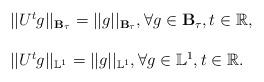
LaTeX: \begin{align*}\begin{array}{l} \displaystyle|| U^{t}g|| _{\mathbf{B}_{\tau }}=|| g|| _{\mathbf{B}_{\tau }},\forall g\in \mathbf{B}_{\tau }, t\in \mathbb{R},\\ \\ \displaystyle || U^{t}g|| _{\mathbb{L}^{1}}=|| g|| _{ \mathbb{L}^{1}}, \forall g\in \mathbb{L}^{1},t\in \mathbb{R}. \end{array} \end{align*}